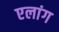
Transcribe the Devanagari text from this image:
एलांग